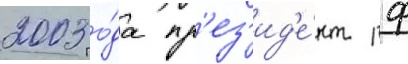
2003 го́да пр'ез'ид'е́нт рф